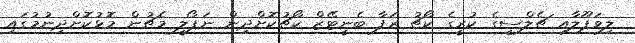
ލިވަޕޫލާއި ޗެލްސީގެ ކުރީގެ ކޯޗު ރަފާ ބެނީޓޭޒް ކޯޗުކޮށްދިން ނަޕޯލީ މެޗުން މޮޅުކޮށްދިނުމުގައި